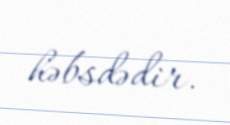
həbsdədir.